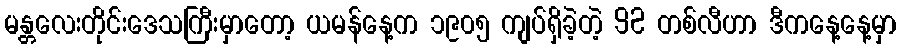
မန္တလေးတိုင်းဒေသကြီးမှာတော့ ယမန်နေ့က ၁၉၀၅ ကျပ်ရှိခဲ့တဲ့ 92 တစ်လီဟာ ဒီကနေ့နေ့မှာ